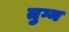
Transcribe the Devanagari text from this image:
तुग्न